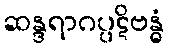
ဆန္ဒရာဂပ္ပဋိဗန္ဓံ